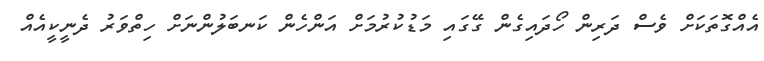
އެއްގޮތަކަށް ވެސް ދަރިން ހޯދައިގެން ގޭގައި މަޑުކުރުމަށް އަންހެން ކަނބަލުންނަށް ހިތްވަރު ދެނީކީއެއް